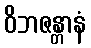
ဝိဘဇန္တာနံ